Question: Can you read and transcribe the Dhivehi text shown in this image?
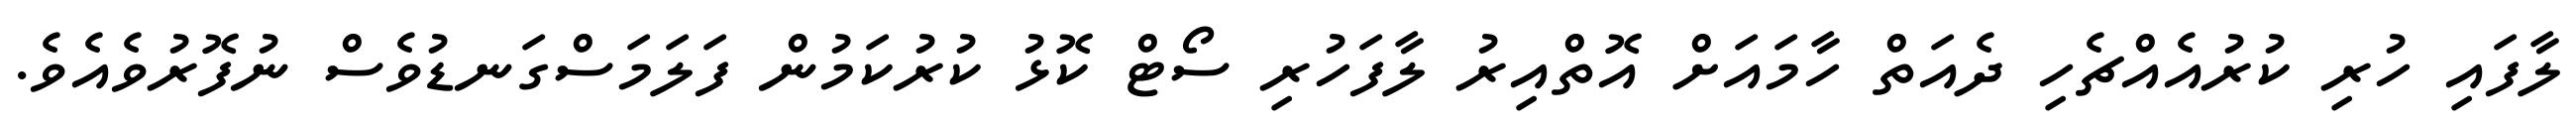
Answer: ލާފައި ހުރި ކުރުއެއްޗެހި ދެއަތް ހާމައަށް އޮތްއިރު ލާފަހުރި ސޯޓް ކޮޅު ކުރުކަމުން ފަލަމަސްގަނޑުވެސް ނުފޮރުވެއެވެ.